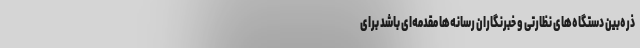
ذره‌بین دستگاه‌های نظارتی و خبرنگاران رسانه‌ها مقدمه‌ای باشد برای